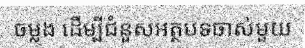
ចម្លង ដើម្បីជំនួសអត្ថបទចាស់មួយ